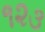
૧૨૩